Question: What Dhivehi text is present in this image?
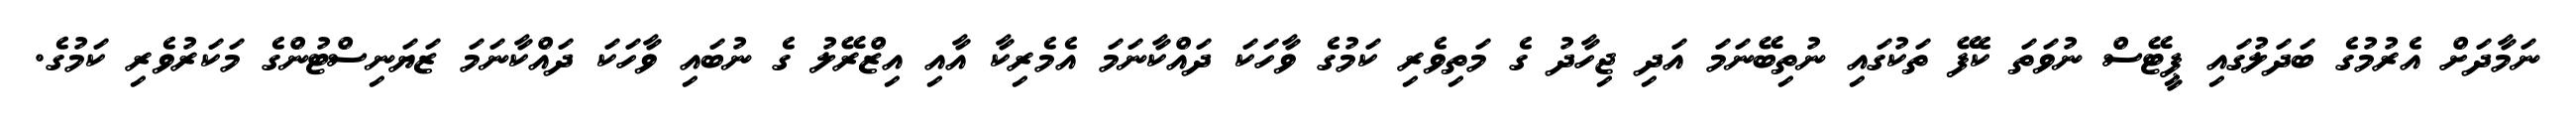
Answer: ނަމާދަށް އެރުމުގެ ބަދަލުގައި ޕީޓޭސް ނުވަތަ ކެފޭ ތަކުގައި ނުތިބޭނަމަ އަދި ޖިހާދު ގެ މަތިވެރި ކަމުގެ ވާހަކަ ދައްކާނަމަ އެމެރިކާ އާއި އިޒްރޭލު ގެ ނުބައި ވާހަކަ ދައްކާނަމަ ޒަޔަނިސްޓުންގެ މަކަރުވެރި ކަމުގެ.